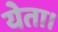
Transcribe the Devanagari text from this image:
येता।